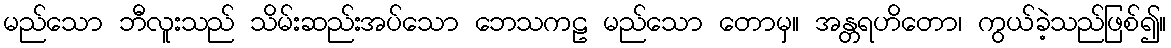
မည်သော ဘီလူးသည် သိမ်းဆည်းအပ်သော ဘေသကဠ မည်သော တောမှ။ အန္တရဟိတော၊ ကွယ်ခဲ့သည်ဖြစ်၍။